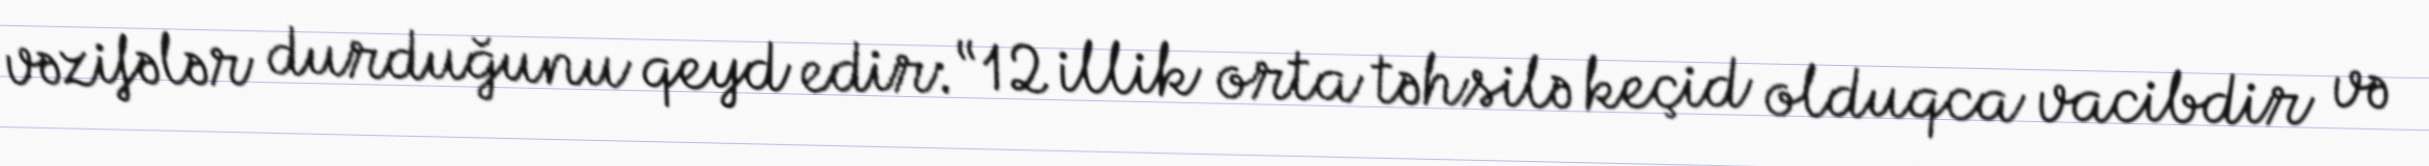
vəzifələr durduğunu qeyd edir: “12 illik orta təhsilə keçid olduqca vacibdir və